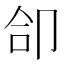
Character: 𪠁